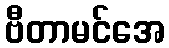
ဗီတာမင်အေ